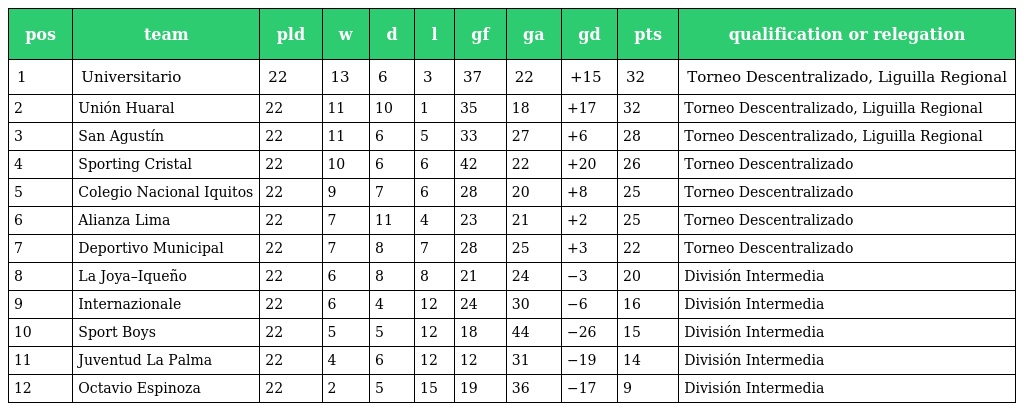
| pos | team | pld | w | d | l | gf | ga | gd | pts | qualification or relegation |
 | --- | --- | --- | --- | --- | --- | --- | --- | --- | --- | --- |
 | 1 | Universitario | 22 | 13 | 6 | 3 | 37 | 22 | +15 | 32 | Torneo Descentralizado, Liguilla Regional |
 | 2 | Unión Huaral | 22 | 11 | 10 | 1 | 35 | 18 | +17 | 32 | Torneo Descentralizado, Liguilla Regional |
 | 3 | San Agustín | 22 | 11 | 6 | 5 | 33 | 27 | +6 | 28 | Torneo Descentralizado, Liguilla Regional |
 | 4 | Sporting Cristal | 22 | 10 | 6 | 6 | 42 | 22 | +20 | 26 | Torneo Descentralizado |
 | 5 | Colegio Nacional Iquitos | 22 | 9 | 7 | 6 | 28 | 20 | +8 | 25 | Torneo Descentralizado |
 | 6 | Alianza Lima | 22 | 7 | 11 | 4 | 23 | 21 | +2 | 25 | Torneo Descentralizado |
 | 7 | Deportivo Municipal | 22 | 7 | 8 | 7 | 28 | 25 | +3 | 22 | Torneo Descentralizado |
 | 8 | La Joya–Iqueño | 22 | 6 | 8 | 8 | 21 | 24 | −3 | 20 | División Intermedia |
 | 9 | Internazionale | 22 | 6 | 4 | 12 | 24 | 30 | −6 | 16 | División Intermedia |
 | 10 | Sport Boys | 22 | 5 | 5 | 12 | 18 | 44 | −26 | 15 | División Intermedia |
 | 11 | Juventud La Palma | 22 | 4 | 6 | 12 | 12 | 31 | −19 | 14 | División Intermedia |
 | 12 | Octavio Espinoza | 22 | 2 | 5 | 15 | 19 | 36 | −17 | 9 | División Intermedia |